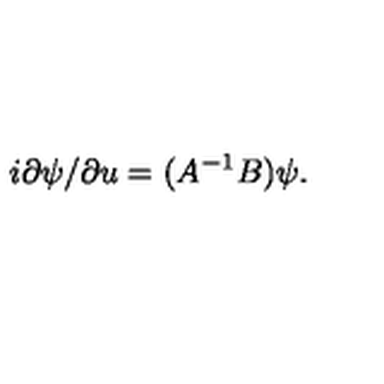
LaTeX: i \partial \psi / \partial u = ( A ^ { - 1 } B ) \psi .